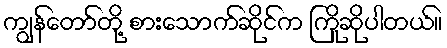
ကျွန်တော်တို့ စားသောက်ဆိုင်က ကြိုဆိုပါတယ်။